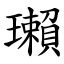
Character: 瓎